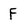
Character: F